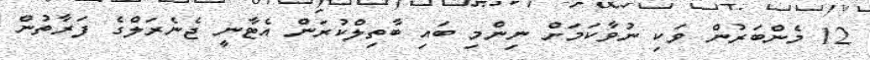
12 މެންބަރުން ވަކި ނުވާކަމަށް ނިންމި ބައި ބާތިލްކުރަން އެޓާނީ ޖެނެރަލްގެ ފަރާތުން